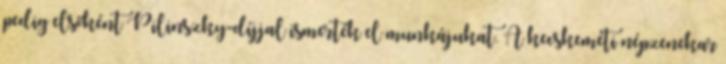
pedig elsőként Pilinszky-díjjal ismerték el munkájukat. A kecskeméti népzenekar